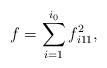
LaTeX: \begin{align*}f=\sum_{i=1}^{i_0} f_{i11}^2,\end{align*}